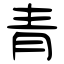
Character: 青